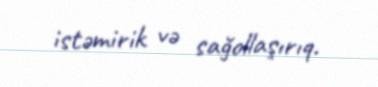
istəmirik və sağollaşırıq.